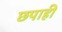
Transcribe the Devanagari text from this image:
छपाही